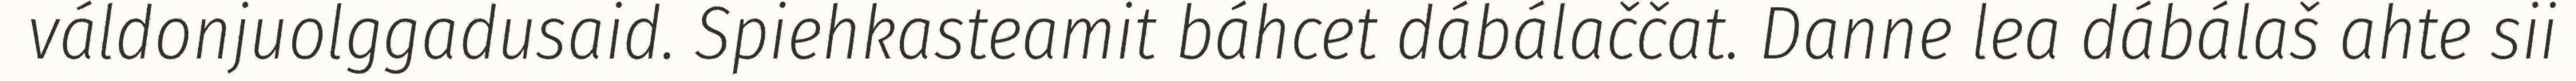
váldonjuolggadusaid. Spiehkasteamit báhcet dábálaččat. Danne lea dábálaš ahte sii